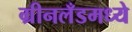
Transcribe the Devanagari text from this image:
ग्रीनलँडमध्ये